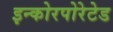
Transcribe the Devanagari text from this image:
इन्कोरपोरेटेड